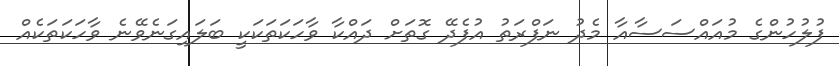
ފުލުހުންގެ މުއައްސަސާއާ މެދު ނަފްރަތު އުފެދޭ ގޮތަށް ދައްކާ ވާހަކަތަކަކީ ބަލައިގަނެވޭނެ ވާހަކަތަކެއް